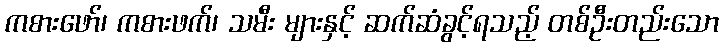
ကစားဖော်၊ ကစားဖက်၊ သမီး များနှင့် ဆက်ဆံခွင့်ရသည့် တစ်ဦးတည်းသော